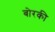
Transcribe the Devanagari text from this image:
बोरकी